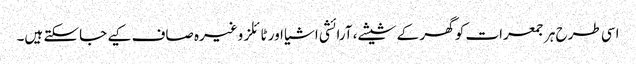
اسی طرح ہر جمعرات کو گھر کے شیشے، آرائشی اشیا اور ٹائلز وغیرہ صاف کیے جاسکتے ہیں۔